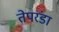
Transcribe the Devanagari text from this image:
तेपरंडा